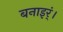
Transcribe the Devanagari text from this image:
बनाइर्ं।